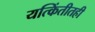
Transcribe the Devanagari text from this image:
यत्किंतीतही